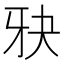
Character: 𪺧